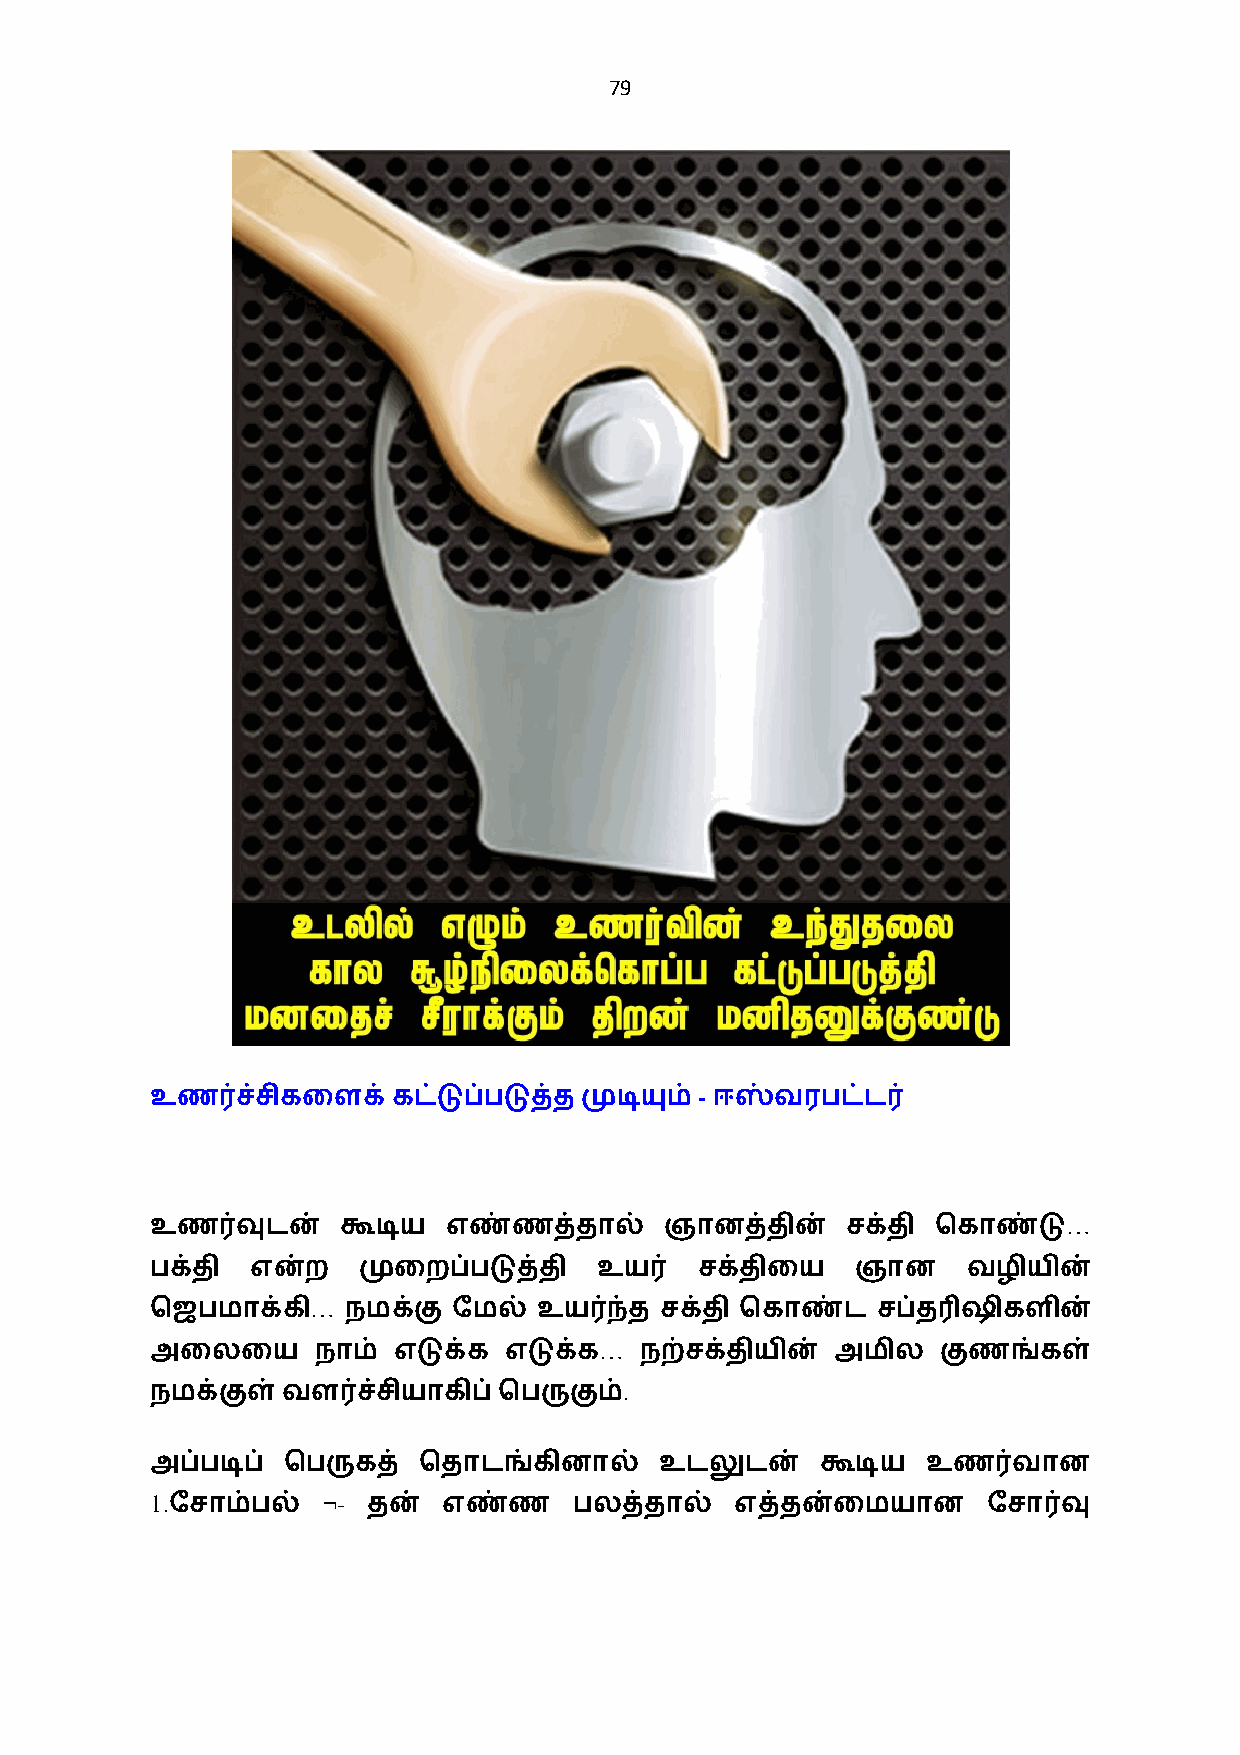
79
 -
 உண0ச்சிகைளக்    கட்டுப்படுத்தமுடியும் ஈஸ்வரபட்ட0
 …
 உண0வுடன்     கூடிய  எண்ணத்தால்    ஞானத்தின்   சக்தி ெகாண்டு
 பக்தி  என்ற   முைறப்படுத்தி   உய0   சக்திைய    ஞான    வழியின்
 …
 ெஜபமாக்கி    நமக்கு ேமல்  உய0ந்த  சக்தி ெகாண்ட  சப்த3ஷிகளின்
 …
 அைலைய      நாம் எடுக்க எடுக்க   நற்சக்தியின் அமில   குணங்கள்
 .
 நமக்குள்வள0ச்சியாகிப்ெபருகும்
 அப்படிப் ெபருகத்  ெதாடங்கினால்    உடலுடன்   கூடிய  உண0வான
 1.         ¬-
 ேசாம்பல்     தன்  எண்ண     பலத்தால்   எத்தன்ைமயான     ேசா0வு